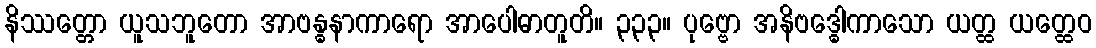
နိဿတ္တော ယူသဘူတော အာဗန္ဓနာကာရော အာပေါဓာတူတိ။ ၃၃၃။ ပုဗ္ဗော အနိဗဒ္ဓေါကာသော ယတ္ထ ယတ္ထေဝ